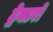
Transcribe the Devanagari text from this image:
ट्रेक्टरों